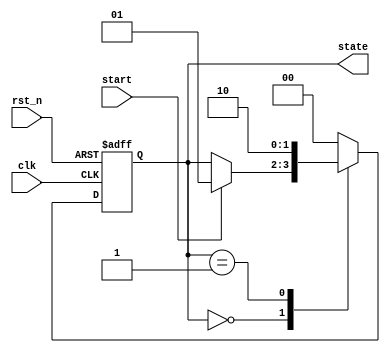
module fsm_example (
    input wire clk,       // Clock input
    input wire rst_n,     // Active-low reset
    input wire start,     // Input to start the FSM
    output reg [1:0] state // Current state output
);

// State encoding
localparam IDLE    = 2'b00;
localparam RUNNING = 2'b01;
localparam DONE    = 2'b10;

// Initial state
initial begin
    state = IDLE; // Start in IDLE state
end

// FSM behavior using @ (event) and sensitivity list
always @(posedge clk or negedge rst_n) begin
    if (!rst_n) begin
        // Handling reset
        state <= IDLE; // Reset to IDLE state
    end else begin
        // State transition logic
        case (state)
            IDLE: begin
                if (start) begin
                    state <= RUNNING; // Move to RUNNING state on start
                end
            end

            RUNNING: begin
                // Do some processing (could be improved with more logic)
                // For demonstration, transition to DONE state
                state <= DONE;
            end

            DONE: begin
                // After processing, could transition back to IDLE or stay in DONE
                state <= IDLE; // Loop back to IDLE
            end

            default: begin
                state <= IDLE; // Fallback to IDLE for safety
            end
        endcase
    end
end

endmodule